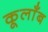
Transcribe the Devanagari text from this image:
कूलाँब